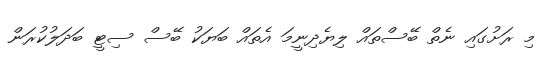
މި ރަށުގައި ނެތް ބޭސްތައް ލިޔެދިނީމަ އެތައް ބަޔަކު ބޭސް ސިޓީ ބަދަލުކުރަން